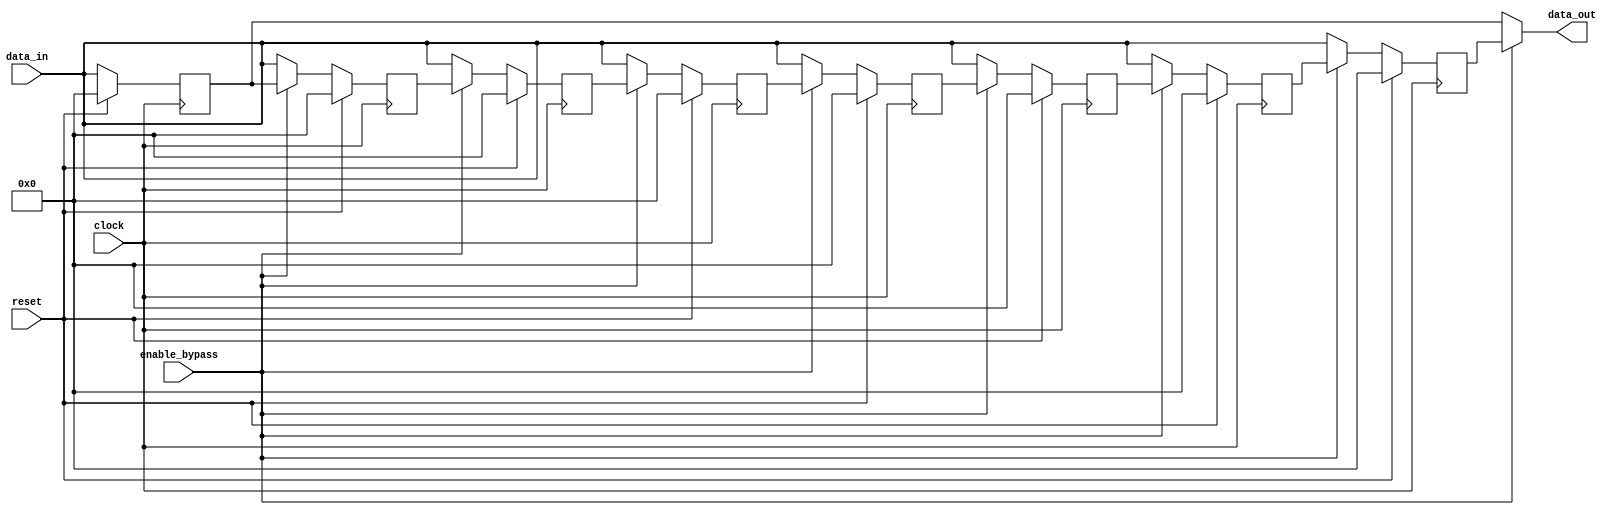
module timing_control_and_sync (
    input [7:0] data_in,
    input enable_bypass,
    input clock,
    input reset,
    output reg [7:0] data_out
);

reg [7:0] reg1, reg2, reg3, reg4, reg5, reg6, reg7, reg8;

// Synchronization logic
always @(posedge clock) begin
    if (reset) begin
        reg1 <= 8'b0;
        reg2 <= 8'b0;
        reg3 <= 8'b0;
        reg4 <= 8'b0;
        reg5 <= 8'b0;
        reg6 <= 8'b0;
        reg7 <= 8'b0;
        reg8 <= 8'b0;
    end else begin
        if (enable_bypass) begin
            reg1 <= data_in;
            reg2 <= reg1;
            reg3 <= reg2;
            reg4 <= reg3;
            reg5 <= reg4;
            reg6 <= reg5;
            reg7 <= reg6;
            reg8 <= reg7;
        end else begin
            reg1 <= data_in;
            reg2 <= data_in;
            reg3 <= data_in;
            reg4 <= data_in;
            reg5 <= data_in;
            reg6 <= data_in;
            reg7 <= data_in;
            reg8 <= data_in;
        end
    end
end

// Output data
assign data_out = enable_bypass ? reg8 : reg1;

endmodule